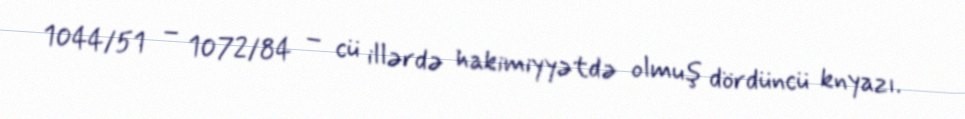
1044/51 – 1072/84 – cü illərdə hakimiyyətdə olmuş dördüncü knyazı.